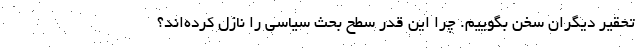
تحقیر دیگران سخن بگوییم. چرا این قدر سطح بحث سیاسی را نازل کرده‌اند؟